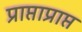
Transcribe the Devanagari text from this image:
प्राप्ताप्राप्त